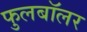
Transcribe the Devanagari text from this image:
फुलबॉलर